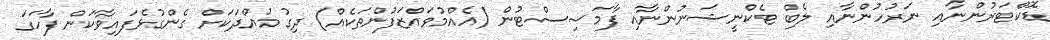
ޑޮކްޓަރުންނާއި ނަރުހުންނާއި ލެބް ޓެކްނީޝަނުންނާއި ފާމަސިސްޓުން (އެއްމުވައްޒަފުންތަކެއް) ދިގު މުއްދަކަށް ގެންގުޅެފައިވާކަން ފާހަގަ